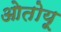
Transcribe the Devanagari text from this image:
ओतोयू